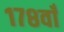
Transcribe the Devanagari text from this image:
१७८वाँ